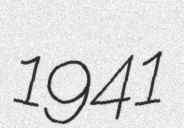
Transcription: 1941